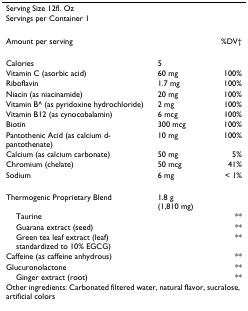
| Serving Size 12fl. Oz |  |  |
 | Servings per Container 1 |  |  |
 | --- | --- | --- |
 | Amount per serving |  | %DV† |
 | Calories | 5 |  |
 | Vitamin C (asorbic acid) | 60 mg | 100% |
 | Riboflavin | 1.7 mg | 100% |
 | Niacin (as niacinamide) | 20 mg | 100% |
 | Vitamin B^ (as pyridoxine hydrochloride) | 2 mg | 100% |
 | Vitamin B12 (as cynocobalamin) | 6 mcg | 100% |
 | Biotin | 300 mcg | 100% |
 | Pantothenic Acid (as calcium d-pantothenate) | 10 mg | 100% |
 | Calcium (as calcium carbonate) | 50 mg | 5% |
 | Chromium (chelate) | 50 mcg | 41% |
 | Sodium | 6 mg | < 1% |
 | Thermogenic Proprietary Blend | 1.8 g (1,810 mg) |  |
 | Taurine |  | ** |
 | Guarana extract (seed) |  | ** |
 | Green tea leaf extract (leaf) standardized to 10% EGCG) |  | ** |
 | Caffeine (as caffeine anhydrous) |  | ** |
 | Glucuronolactone |  | ** |
 | Ginger extract (root) |  | ** |
 | <COLSPAN=3> Other ingredients: Carbonated filtered water, natural flavor, sucralose, artificial colors |